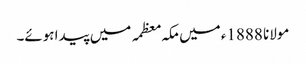
مولانا 1888ء میں مکہ معظمہ میں پیدا ہوئے۔